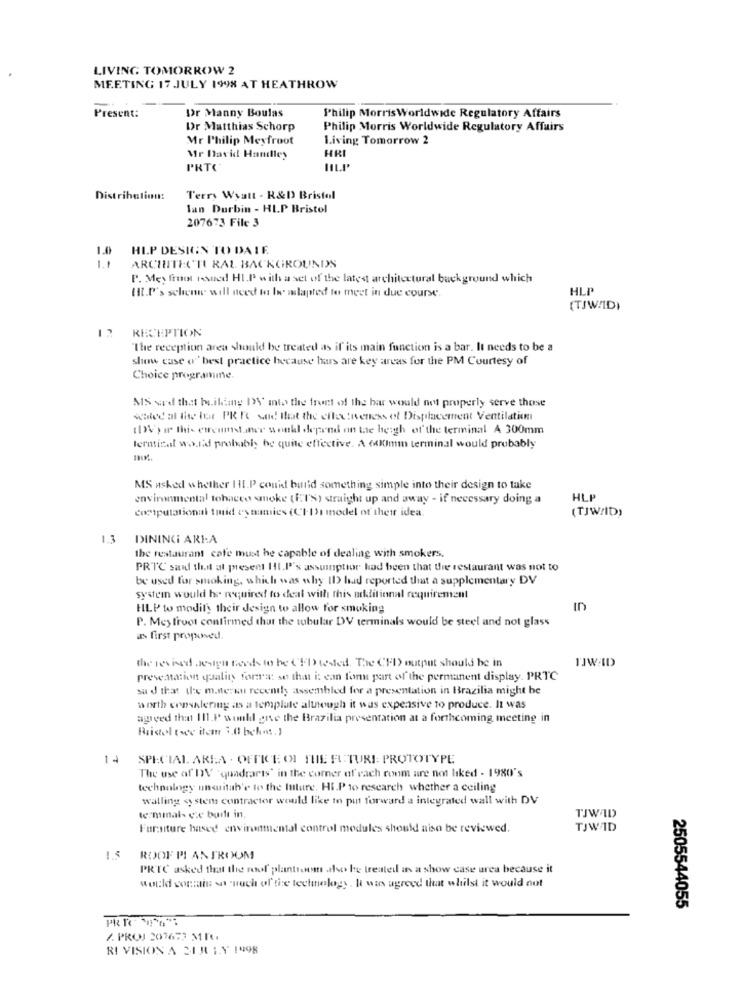
LIVING TOMORROW 2
MEETING 17 JULY 1998 AT HEATHROW
Present:
Dr Manny Boulas
Philip MorrisWorldwide Regulatory Affairs
Dr Matthias Schorp
Philip Morris Worldwide Regulatory Affairs
Mr Philip Meyfroot
Living Tomorrow 2
Mr David Hanlley
HR
PRTC
Distribution:
Terry Wyatt - R&D Bristol
lan Durbin - HLP Bristol
207673 File 3
1.0
HIP DESIGN TO DA IF.
1.1
ARCHITECTI RAL BACKGROUNDS
P. Mey frui issued HI.P with a set of the latest architectural background which
HLP
(IL.f's scheme will need to be alapted to meet in due course.
(TJW/ID)
RECEPTION
The reception area should be treated as if its main function is a bar. It needs to be a
show case o'' best practice because hars are key areas for the PM Courtesy of
Choice programme.
MS word that building DY\' mto the front of the bar would not properly serve those
scaled at die for PR Po sad that the effectiveness of Displacement Ventilation
(DVyw this erreumst ner wonkl depend on the heigh of the terminal A 300mm
terminal w.i'd probably be quite effective. A 600mm terminal would probably
MS asked whether HI.P could build something simple into their design to take
environmental tobacco smoke (ETS) straight up and away - if necessary doing a
HLP
computational timid dynamics (CIIs model of their idea.
(TJWAID)
1.3
DINING AREA
the restaurant cafe must he capable of dealing with smokers.
PRTC said that at present I!I.P''s assumption had been that the restaurant was not to
be used for smoking, which was why ID had reported that a supplementary DV
system would be required to deal with this additional requirement
HLP to modify their design to allow for smoking
ID
P. Mey froot confirmed that the tubular DV terminals would be steel and not glass
as first proposed.
the revised design needs to be (FD tested. The CED) output should be in
TJWAD
presentation quality forra: so that i: can for part of the permanent display. PRTC
su J that de m.nerwu recently assembled for a presentation in Brazilia might be
worth consalering as a template although it was expensive to produce. It was
agreed that Il1.P would give the Brazilia presentation at a forthcoming meeting in
Bristol twee item 3,0 bckms. )
14
SPECIAL AREA . OFFICE OF THE FUTURE: PROTOTYPE
The use of DV "quadrarts' in the corner of each room are not liked - 1980's
technology uncuitah'e to the future. HI.P to research whether a ceiling
walling systems contractor would like to put forward a integrated wall with DV
termmal- cie built in,
TJWID
Furniture hased environmental control modules should also be reviewed.
TJWID
1.5
ROOF PI ANTROOM
PRTC asked that the roof plantroom also be treated in a show case area because it
would contain wonach of the technology. It was agreed that whilst it would not
2505544055
2. PROJ 207673 MM
RI VISION A SUJULY 1998